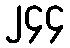
၂၄၄